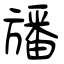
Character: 旙